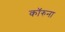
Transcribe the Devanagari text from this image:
कॉरुना